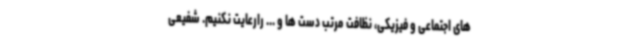
های اجتماعی و فیزیکی، نظافت مرتب دست ها و ... رارعایت نکنیم. شفیعی